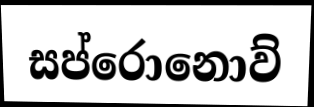
සප්රොනොව්